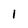
Character: 1